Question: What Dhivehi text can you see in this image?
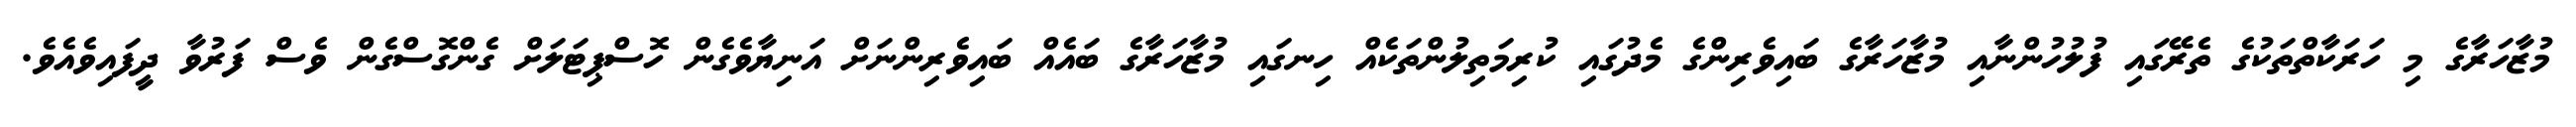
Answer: މުޒާހަރާގެ މި ހަރަކާތްތަކުގެ ތެރޭގައި ފުލުހުންނާއި މުޒާހަރާގެ ބައިވެރިންގެ މެދުގައި ކުރިމަތިލުންތަކެއް ހިނގައި މުޒާހަރާގެ ބައެއް ބައިވެރިންނަށް އަނިޔާވެގެން ހޮސްޕިޓަލަށް ގެންގޮސްގެން ވެސް ފަރުވާ ދީފައިވެއެވެ.